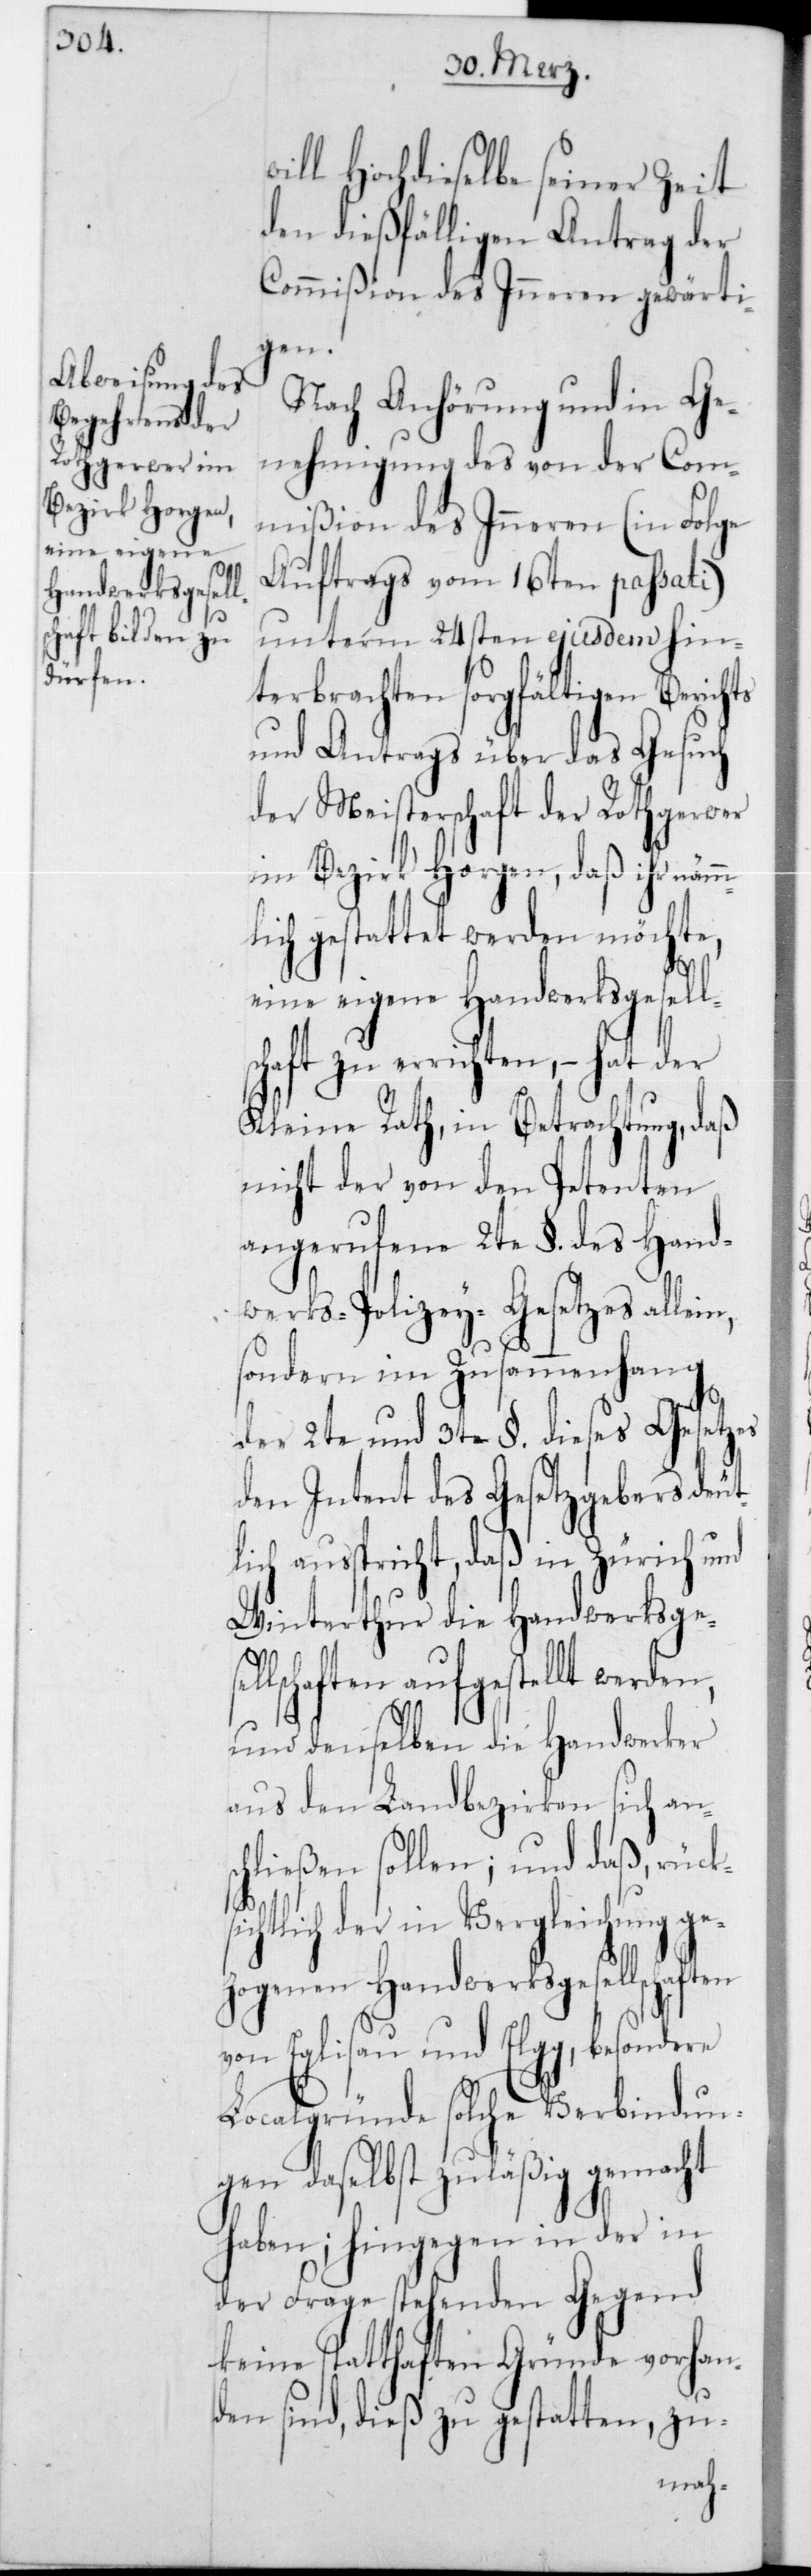
i¬

ill hochdieselbe seiner Zeit
den dießfälligen Antrag der
Commißion des Innern gewärti¬
gen.
Nach Anhörung und in Ge¬
nehmigung des von der Com¬
mißion des Innern (in Folge
Auftrags vom 16ten passati)
unterm 24sten ejusdem hin¬
terbrachten sorgfältigen Berichts
und Antrags über das Gesuch
der Meisterschaft der Rothgerwer
im Bezirk Horgen, daß ihr näm¬
ich gestattet werden möchte,
eine eigene Handwerksgesell¬
aft zu errichten, – hat der
Kleine Rath, in Betrachtung, das¬
nicht der von den Petenten
angerufene 2te § des Hand¬
werks-Polizey-Gesetzes allei¬
sondern im Zusammenhang
der 2te und 3te § dieses Gesetzes
den Intent des Gesetzgebers deut¬
lich ausspricht, daß in Zürich und
Winterthur die Handwerksge¬
lschaften aufgestellt werden,
und denselben die Handwerker
aus den Landbezirken sich an¬
schließen sollen; und daß, rücks¬
chtlich der in Vergleichung ge¬
zogenen Handwerksgesellschaften
von Eglisau und Elgg, besondere
Localgründe solche Verbindun¬
gen daselbst zuläßig gemacht
haben; hingegen in der in
der Frage stehenden Gegend
keine statthaften Gründe vorhan¬
den sind, dieß zu gestatten, zu-
sch¬